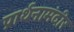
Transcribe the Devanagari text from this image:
प्रार्थनामंदीर